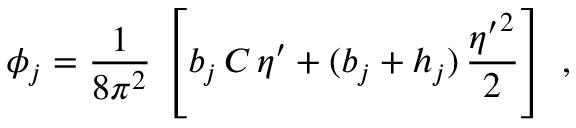
\phi _ { j } = \frac { 1 } { 8 \pi ^ { 2 } } \, \left[ b _ { j } \, C \, \eta ^ { \prime } + ( b _ { j } + h _ { j } ) \, \frac { { \eta ^ { \prime } } ^ { 2 } } { 2 } \right] ~ ,